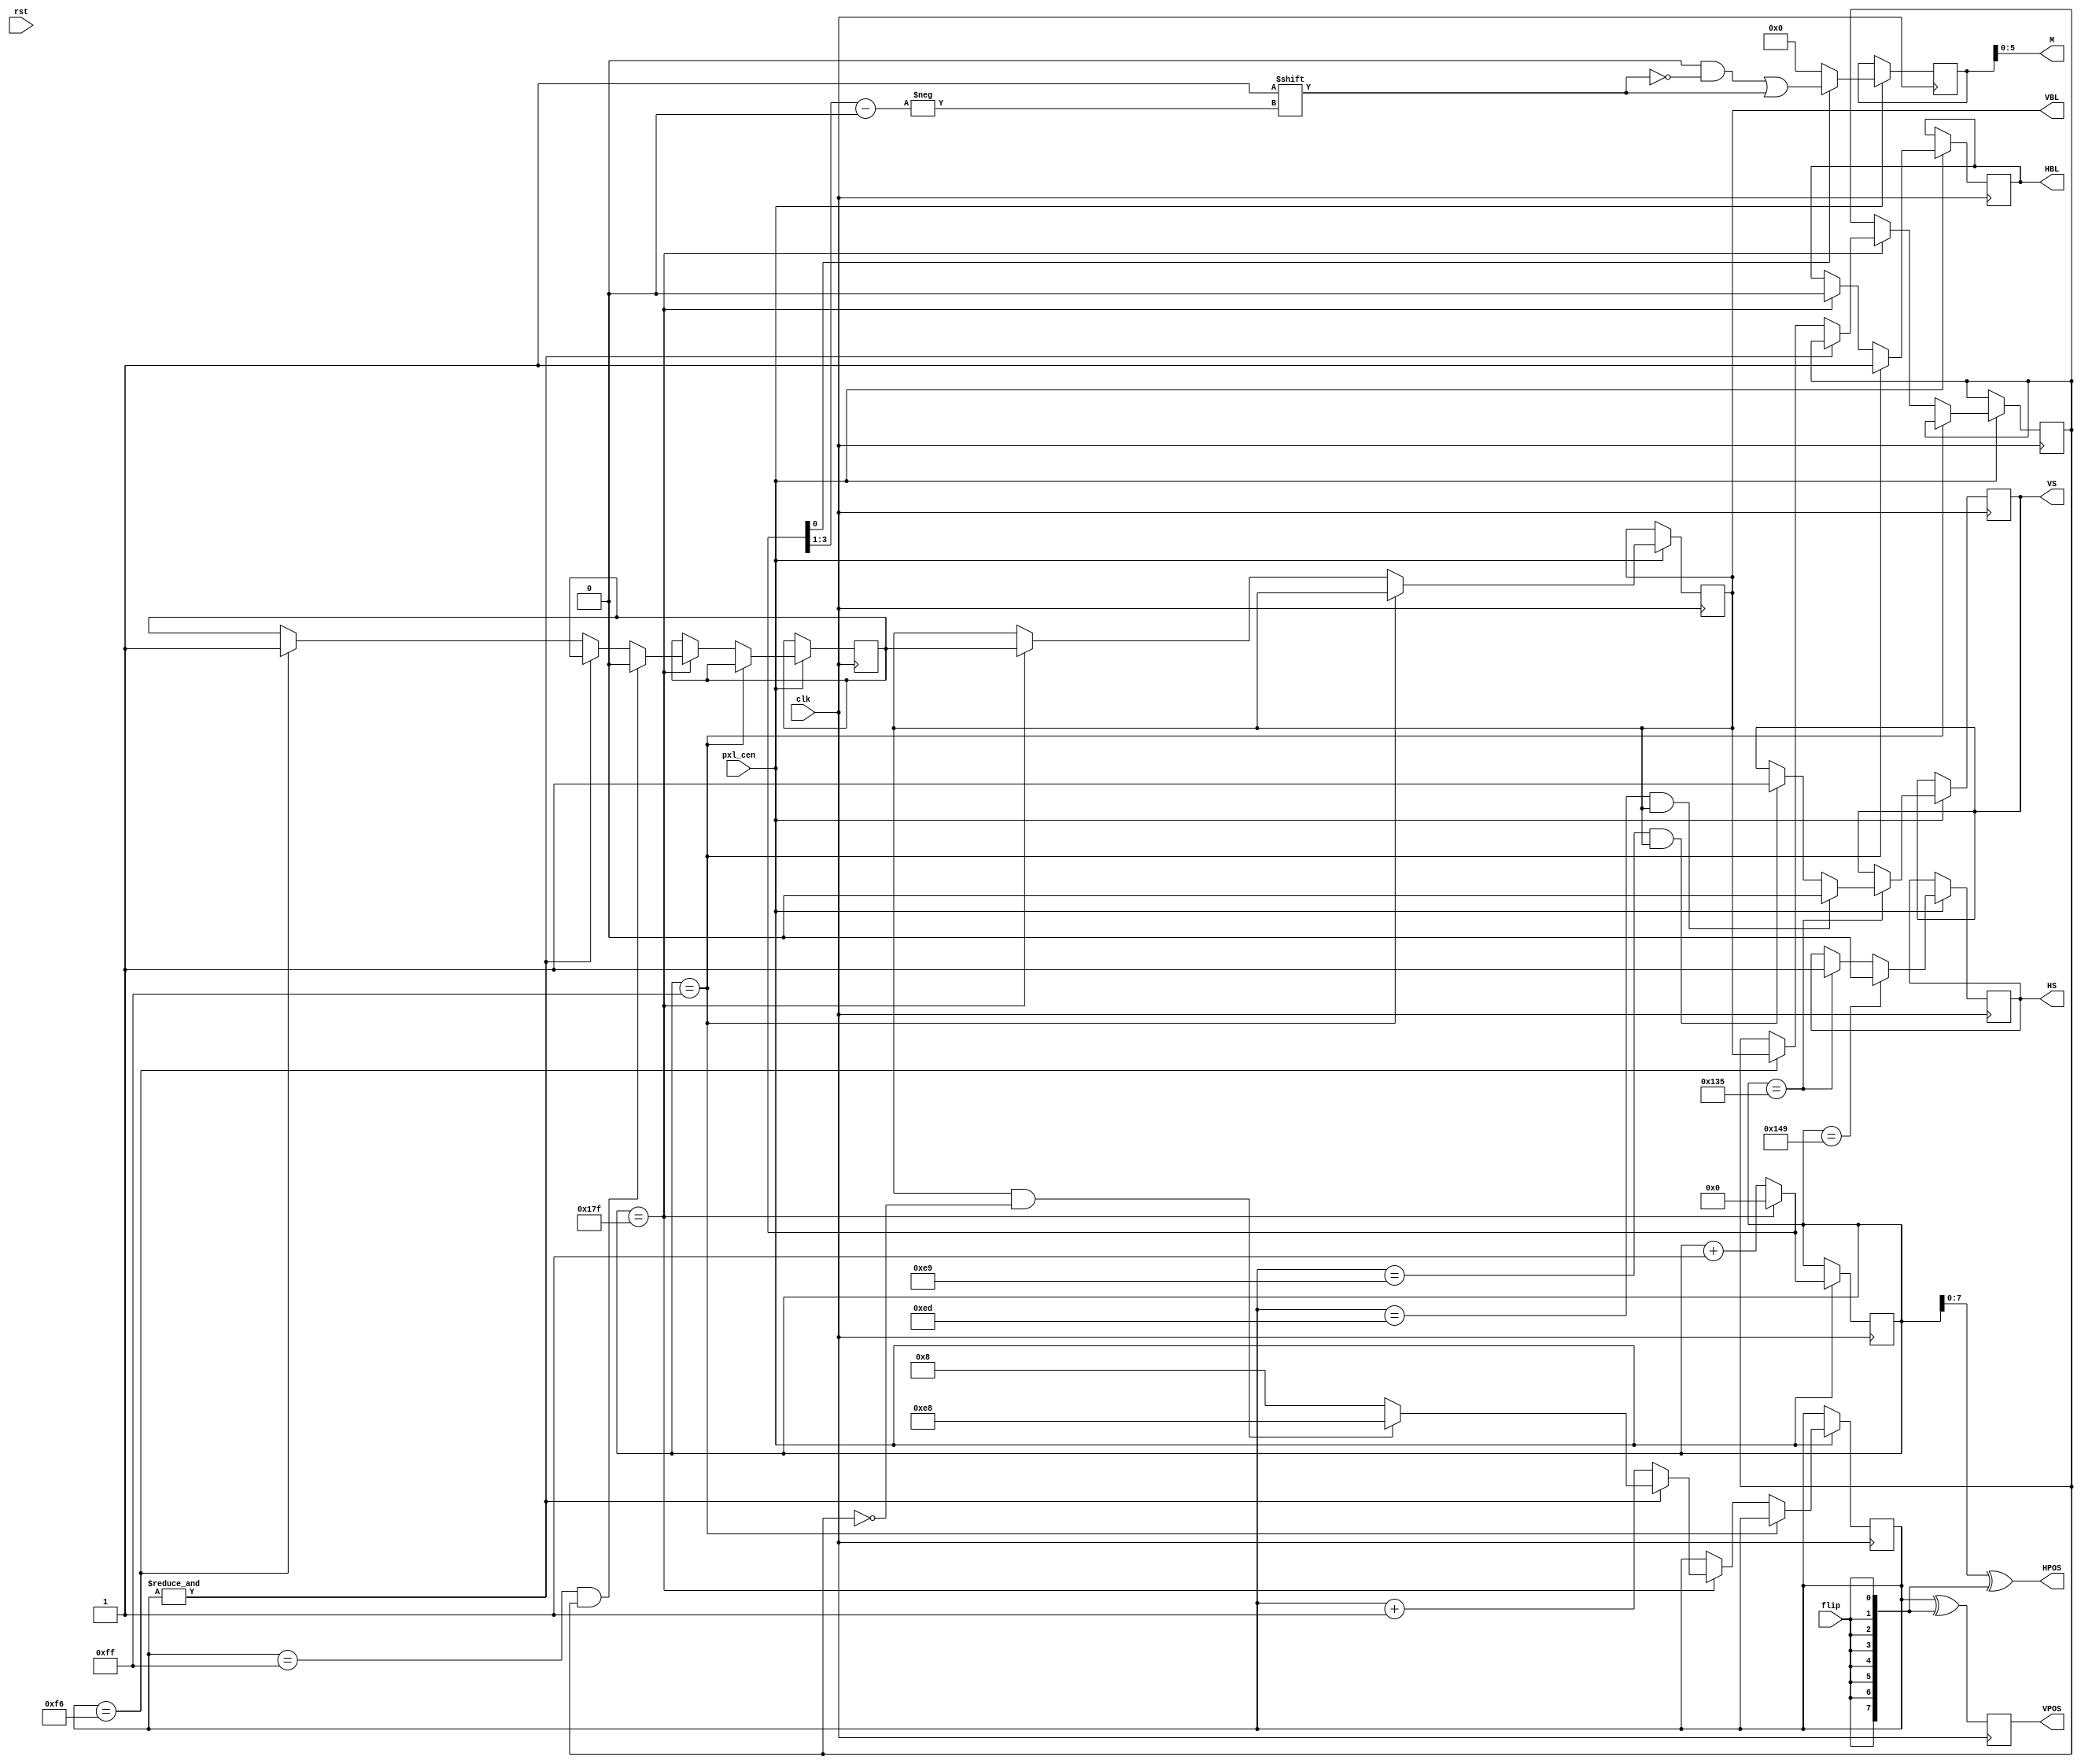
module jtdd_timing(
    input              clk,
    input              rst,
    (*direct_enable*) input pxl_cen,
    input              flip,
    output reg [7:0]   VPOS=8'd0, // VPOS in schematics
    output     [7:0]   HPOS, // HPOS in schematics
    output reg         VBL=1'b0,
    output reg         HBL=1'b0,
    output reg         VS=1'b0,
    output reg         HS=1'b0,
    output     [5:0]   M       // *M in schematics, *M represents ~M
);

reg [8:0] hn=9'd0;
reg [7:0] vn=8'he0;
reg [7:0]  m;
wire hover = hn==9'd383;
wire [8:0] nextn = hover ? 9'd0 : hn+9'd1;
reg aux=1'b0;
reg preVBL;

always @(posedge clk) begin
    VPOS <= vn ^ {8{flip}};
end

assign M = m[5:0];
assign HPOS = hn[7:0] ^ {8{flip}};

wire [8:0] HS1 = 9'd245+((9'd383-9'd255)>>1);
wire [8:0] HS0 = 9'd265+((9'd383-9'd255)>>1);

always @(posedge clk) if(pxl_cen) begin
    // bus phases
    m  <= 8'd0;
    if( nextn[0] ) m[nextn[3:1]] <= 1'b1;
    // counters
    hn <= nextn;
    //HS <= hn==9'd255+((9'd383-9'd255)>>1); // middle of blanking
    if( hn==HS1 ) begin
        HS <= 1'b1;
        //VS <= vn==8'hef && VBL;
        if( vn==8'he9 && VBL ) VS <= 1'b1;
        if( vn==8'hed && VBL ) VS <= 1'b0;
    end
    if( hn==HS0 ) HS <= 1'b0;
    if( hn == 9'd255 ) begin
        HBL <= 1'b1;
    end else if( hover )begin
        HBL <= 1'b0;
        VBL <= preVBL;
        if( &vn ) begin
            vn <= (VBL&&!aux) ? 8'he8 : 8'h8;
        end else begin
            vn <= vn + 8'd1;
            if( vn == 8'hF6 ) begin
                preVBL <= 1'b1;
                aux <= VBL;
            end
        end
        if( vn == 8'hff && aux ) preVBL <= 1'b0;
        //if( vn == 8'h08 ) VBL <= 1'b0;
    end
end


endmodule